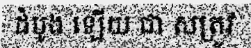
ដំបូង ឡើយ ជា សត្រូវ